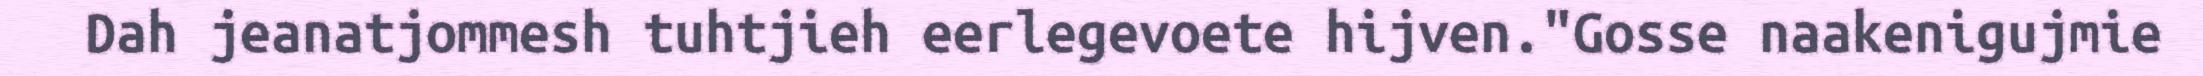
Dah jeanatjommesh tuhtjieh eerlegevoete hijven."Gosse naakenigujmie